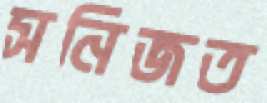
সনিজত